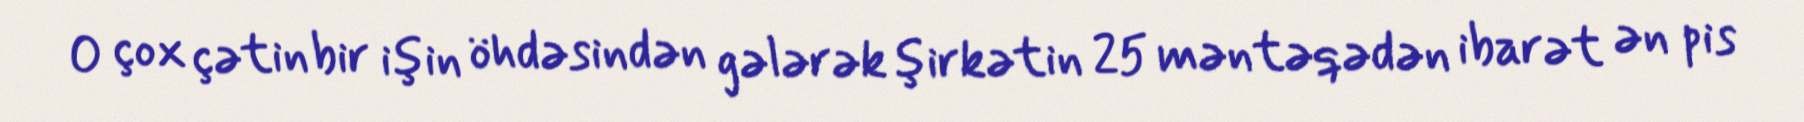
O çox çətin bir işin öhdəsindən gələrək şirkətin 25 məntəqədən ibarət ən pis